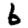
Digit: 6